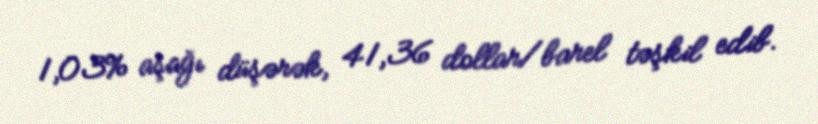
1,03% aşağı düşərək, 41,36 dollar/barel təşkil edib.